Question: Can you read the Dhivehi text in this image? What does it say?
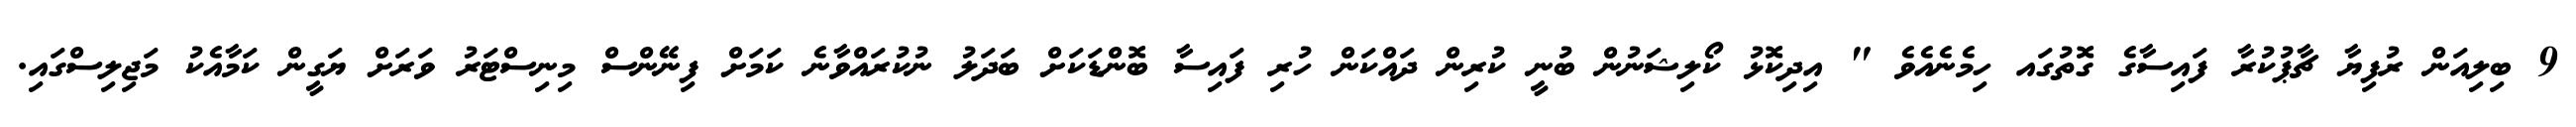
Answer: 9 ބިލިއަން ރުފިޔާ ޗާޕުކުރާ ފައިސާގެ ގޮތުގައ ހިމެނެއެވެ " އިދިކޮޅު ކޯލިޝަނުން ބުނީ ކުރިން ދައްކަން ހުރި ފައިސާ ބޮންޑަކަށް ބަދަލު ނުކުރައްވާނެ ކަމަށް ފިނޭންސް މިނިސްޓަރު ވަރަށް ޔަގީން ކަމާއެކު މަޖިލިސްގައި.